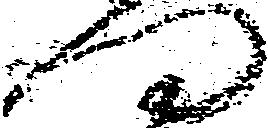
門